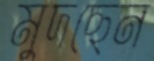
মুদছেন